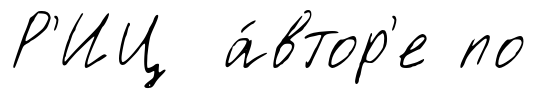
Р'ИЦ а́втор'е по